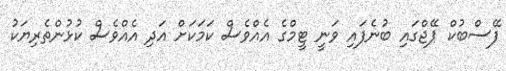
ފޭސްބުކް ޕޭޖްގައި ބުނެފައި ވަނީ ޓީމްގެ އެއްވެސް ކަމަކަށް އަދި އެއްވެސް ކުޅުންތެރިޔަކު